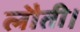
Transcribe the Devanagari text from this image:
लौती।